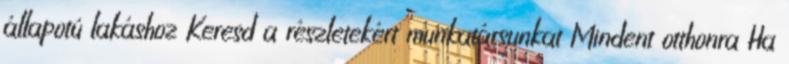
állapotú lakáshoz Keresd a részletekért munkatársunkat Mindent otthonra Ha